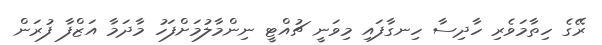
ރޭގެ ހިތާމަވެރި ހާދިސާ ހިނގާފައި މިވަނީ ޗުއްޓީ ނިންމާލުމަށްފަހު މާދަމާ އަޒްފާ ފުރަން